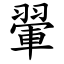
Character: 翬